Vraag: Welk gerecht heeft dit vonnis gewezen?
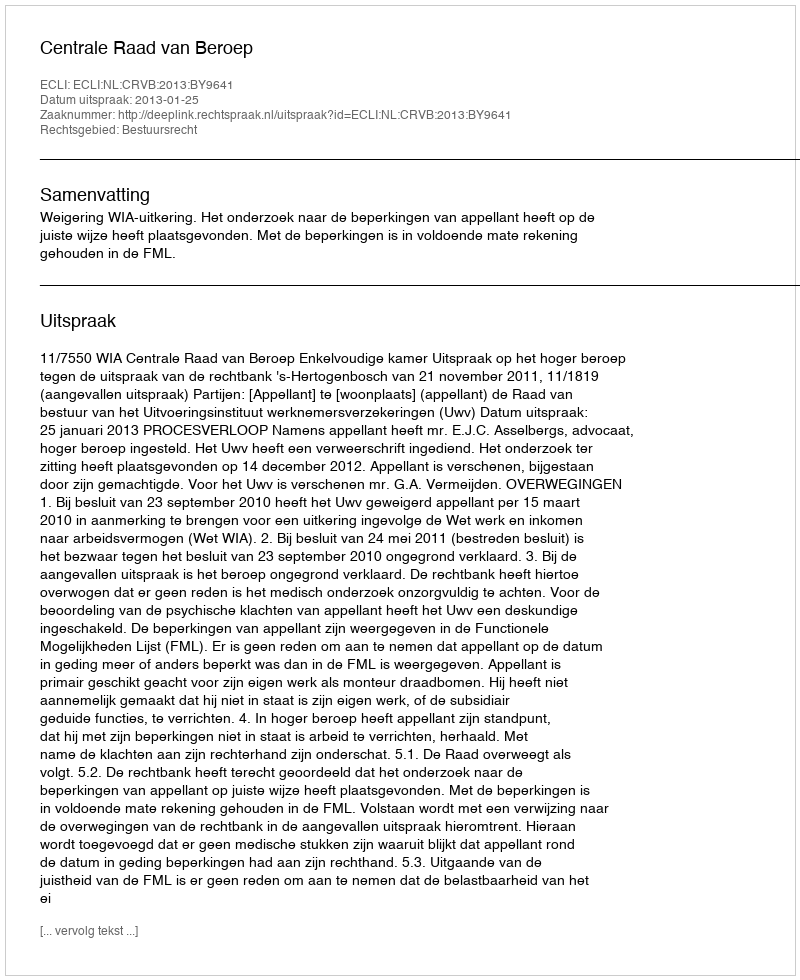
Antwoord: Centrale Raad van Beroep